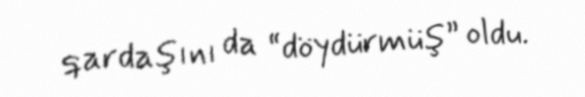
qardaşını da “döydürmüş” oldu.